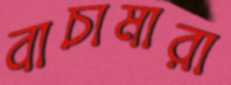
বাচামারা